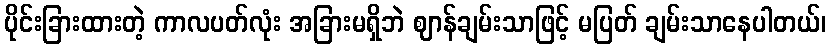
ပိုင်းခြားထားတဲ့ ကာလပတ်လုံး အခြားမရှိဘဲ ဈာန်ချမ်းသာဖြင့် မပြတ် ချမ်းသာနေပါတယ်၊